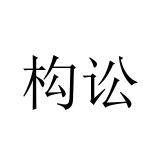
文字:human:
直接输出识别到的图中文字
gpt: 构讼